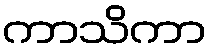
ကာသိကာ